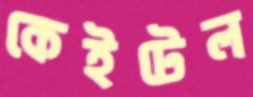
কেইটেল